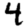
Digit: 4